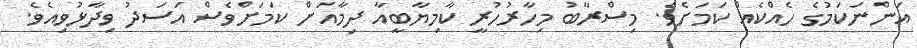
އަންނަކަމުގެ ހެއްކެއް ކަމަށެވެ. މިސްރާބު މިހާރުހުރީ ކާމިޔާބީއާ ދިމާއަށް ކަމަށްވެސް އަސަދު ވިދާޅުވިއެވެ.